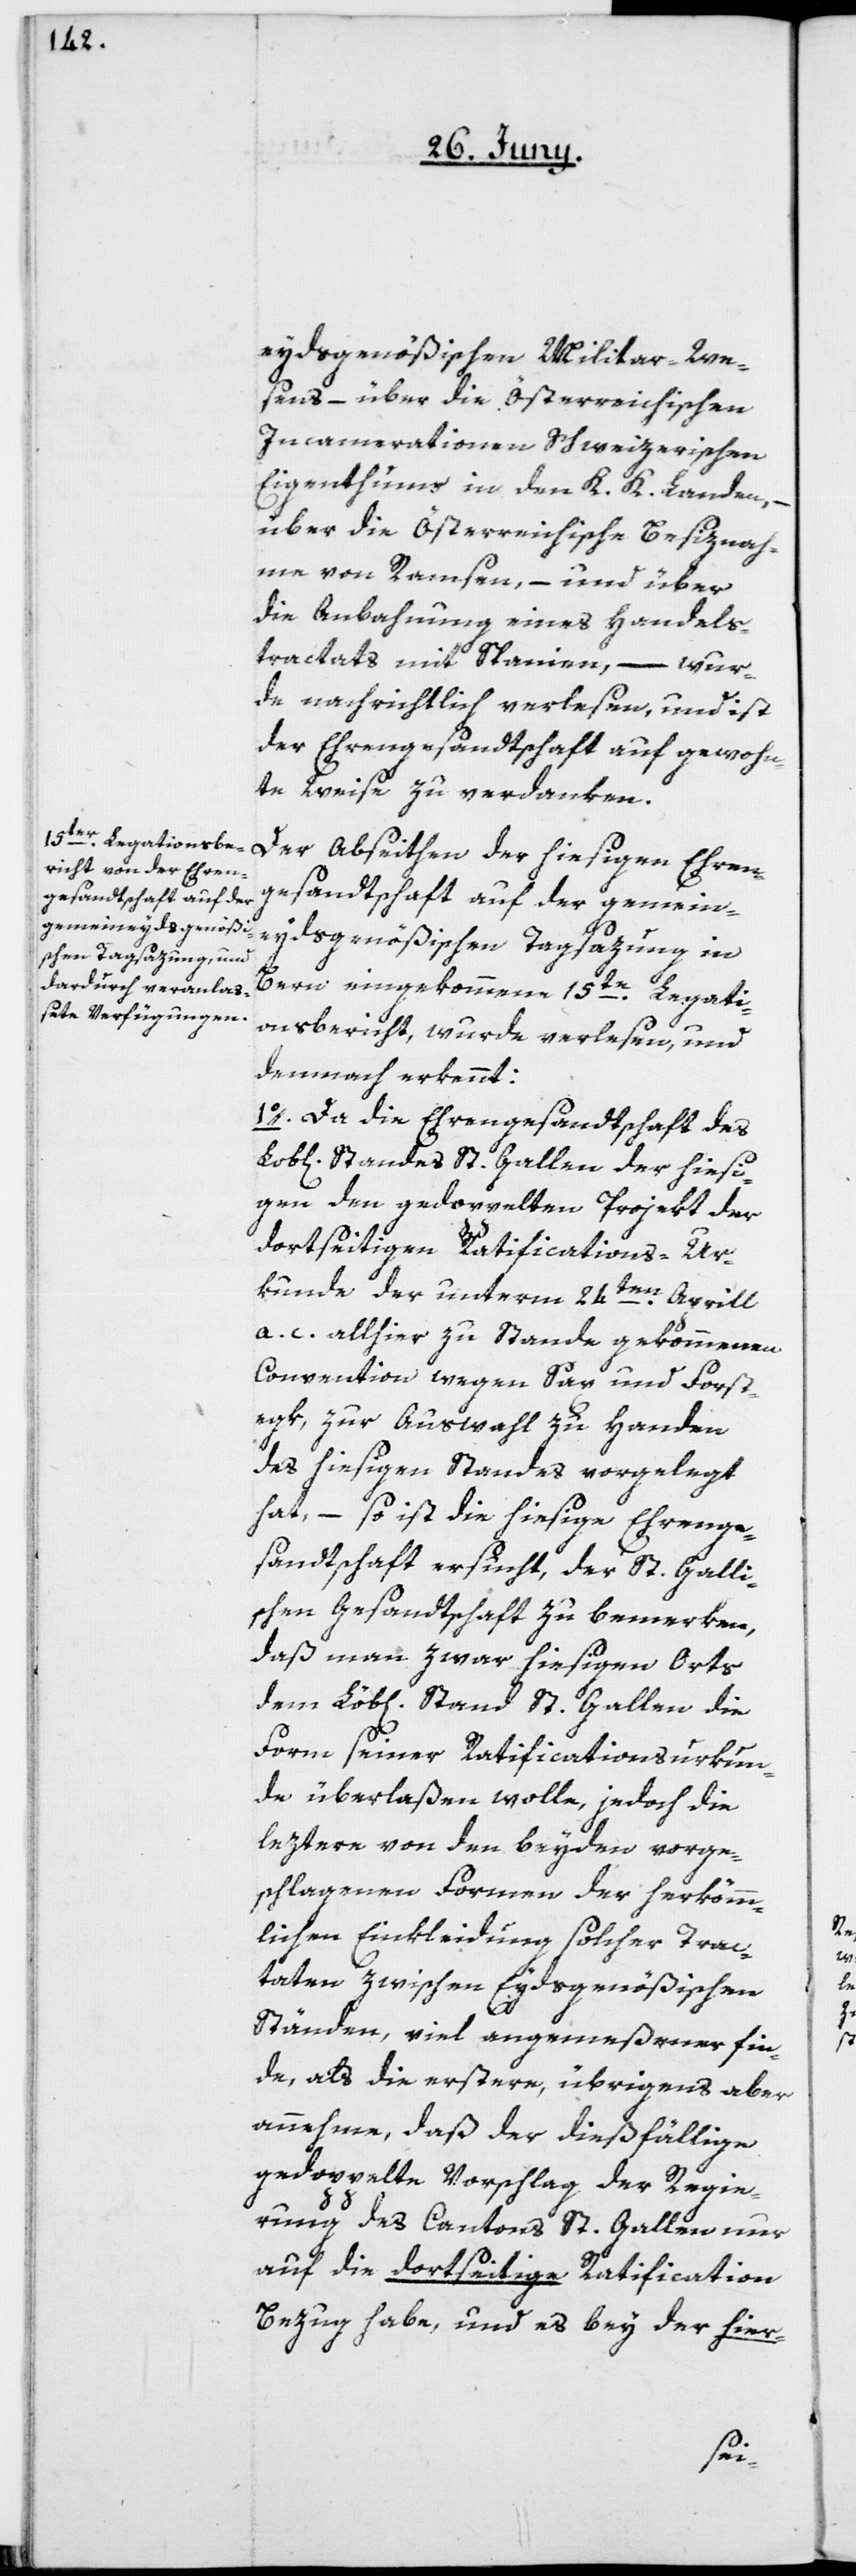
eydsgenößischen Militar-We¬
sens, – über die österreichischen
Incamerationen Schweizerischen
Eigenthums in den K. K. Landen, –
über die Österreichische Besiznah¬
me von Ramsen, – und über
die Anbahnung eines Handels¬
tractats mit Spanien, – wur¬
de nachrichtlich verlesen, und ist
der Ehrengesandtschaft auf gewohn¬
te Weise zu verdanken.
Der Abseithen der hiesigen Ehren¬
gesandtschaft auf der gemein¬
eydsgenößischen Tagsazung in
Bern eingekommene 15te Legati¬
onsbericht, wurde verlesen und
demnach erkennt:
1o. Da die Ehrengesandtschaft des
Standes St. Gallen der hiesi¬
gen den gedoppelten Projekt der
dortseitigen Ratifications-Ur¬
kunde der unterm 24ten April
a. c. allhier zu Stande gekommenen
Convention wegen Sax und Forst¬
egk, zur Auswahl zu Handen
des hiesigen Standes vorgelegt
hat, – so ist die hiesige Ehrenge¬
sandtschaft ersucht, der St. Galli¬
schen Gesandtschaft zu bemerken,
daß man zwar hiesigen Orts
dem Löb[lichen] Stand St. Gallen die
Form seiner Ratificationsurkun¬
de überlaßen wolle, jedoch die
leztere von den beyden vorge¬
schlagenen Formen der herkömm¬
lichen Einkleidung solcher Trac¬
taten zwischen Eydsgenößischen
Ständen, viel angemeßener fin¬
de, als die erstere, übrigens aber
annehme, daß der dießfällige
gedoppelte Vorschlag der Regie¬
rung des Cantons St. Gallen nur
auf die dortseitige Ratification
Bezug habe, und es bey der hier-